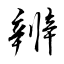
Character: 辨